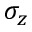
\sigma _ { z }